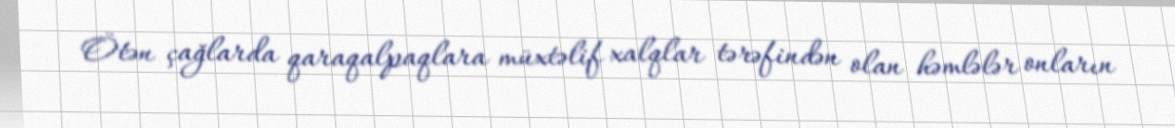
Ötən çağlarda qaraqalpaqlara müxtəlif xalqlar tərəfindən olan həmlələr onların